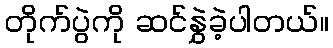
တိုက်ပွဲကို ဆင်နွှဲခဲ့ပါတယ်။